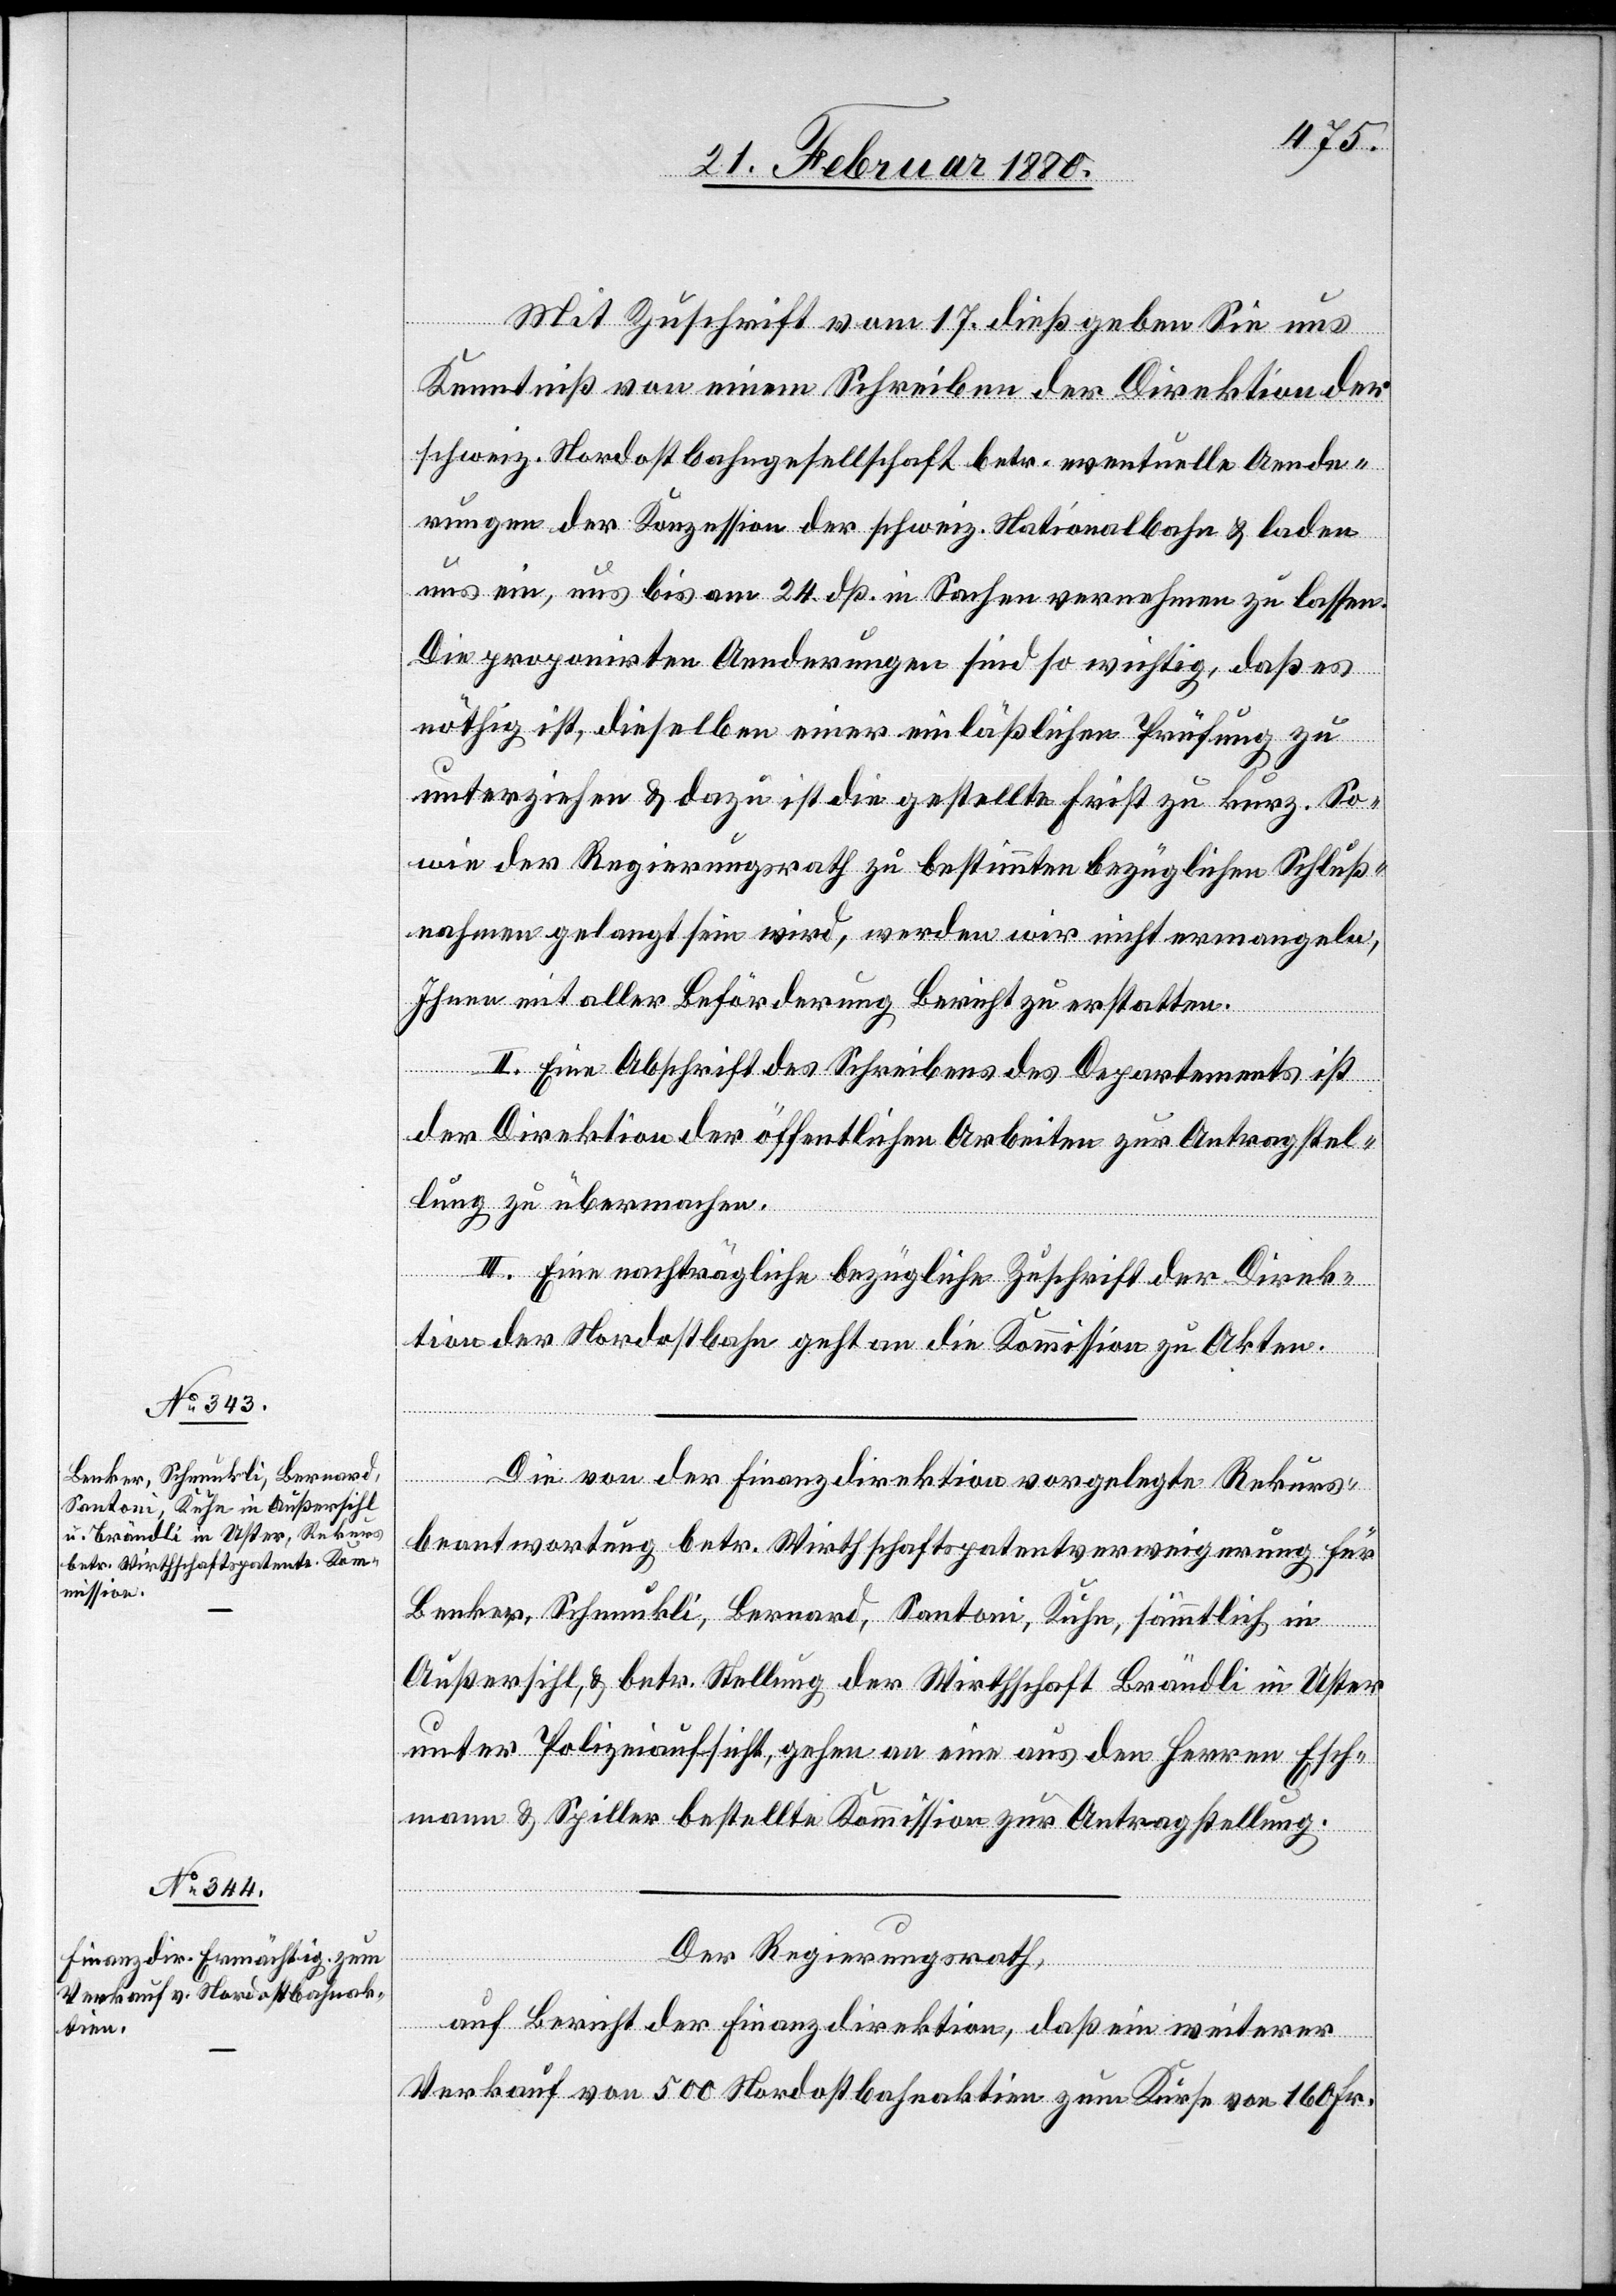
Mit Zuschrift vom 17. dieß geben Sie uns
Kenntniß von einem Schreiben der Direktion der
schweiz. Nordostbahngesellschaft betr. eventuelle Aende¬
rungen der Konzession der schweiz. Nationalbahn & laden
uns ein, uns bis am 24. dß. in Sachen vernehmen zu lassen.
Die proponirten Aenderungen sind so wichtig, daß es
nöthig ist, dieselben einer einläßlichen Prüfung zu
unterziehen & dazu ist die gestellte Frist zu kurz. So¬
wie der Regierungsrath zu bestimmten bezüglichen Schluß¬
nahmen gelangt sein wird, werden wir nicht ermangeln,
Ihnen mit aller Beförderung Bericht zu erstatten.
II. Eine Abschrift des Schreibens des Departements ist
der Direktion der öffentlichen Arbeiten zur Antragstel¬
lung zu übermachen.
III. Eine nachträgliche bezügliche Zuschrift der Direk¬
tion der Nordostbahn geht an die Kommission zu Akten.
Die von der Finanzdirektion vorgelegte Rekurs¬
beantwortung betr. Wirthschaftspatentverweigerung für
Benker, Schnunkli, Bernard, Santoni, Kuhn, sämmtlich in
Außersihl, & betr. Stellung der Wirthschaft Brändli in Uster
unter Polizeiaufsicht, gehen an eine aus den Herren Esch¬
mann & Spiller bestellte Kommission zur Antragstellung.
Der Regierungsrath,
auf Bericht der Finanzdirektion, daß ein weiterer
Verkauf von 500 Nordostbahnaktien zum Kurse von 160 Fr.